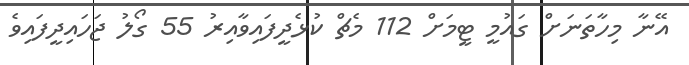
އޭނާ މިހާތަނަށް ގައުމީ ޓީމަށް 112 މެޗް ކުޅެދީފައިވާއިރު 55 ގޯލު ޖަހައިދީފައިވެ